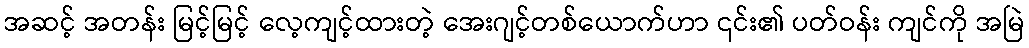
အဆင့် အတန်း မြင့်မြင့် လေ့ကျင့်ထားတဲ့ အေးဂျင့်တစ်ယောက်ဟာ ၎င်း၏ ပတ်ဝန်း ကျင်ကို အမြဲ